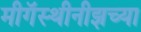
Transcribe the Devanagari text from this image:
मीगॅस्थीनीझच्या